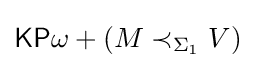
{\mathsf {KP}}\omega +(M\prec _{\Sigma _{1}}V)